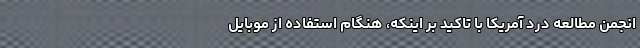
انجمن مطالعه درد آمریکا با تاکید بر اینکه، هنگام استفاده از موبایل